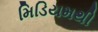
મિડિયમથી